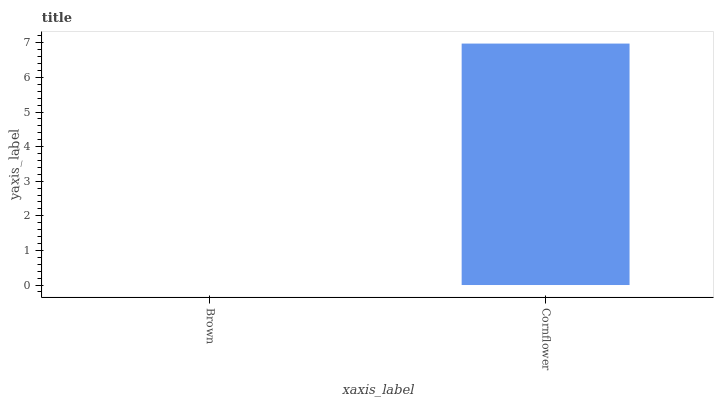
| xaxis_label | bars |
 | --- | --- |
 | Brown | 0 |
 | Cornflower | 6.98 |